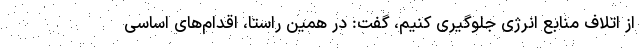
از اتلاف منابع انرژی جلوگیری کنیم، گفت: در همین راستا، اقدام‌های اساسی